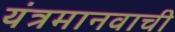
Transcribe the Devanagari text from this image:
यंत्रमानवाची